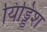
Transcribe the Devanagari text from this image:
यिड्डिश